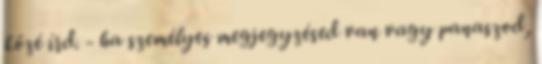
közé írd. - ha személyes megjegyzésed van vagy panaszod,